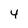
Character: 4